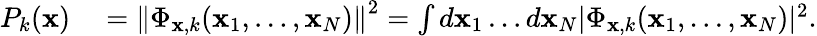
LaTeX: \begin{array}{rl}{P_{k}(\mathbf{x})}&{{}=\left\| \Phi_{\mathbf{x},k}(\mathbf{x}_{1},\ldots,\mathbf{x}_{N})\right\| ^{2}=\int d\mathbf{x}_{1}\ldots{}d\mathbf{x}_{N}|\Phi_{\mathbf{x},k}(\mathbf{x}_{1},\ldots,\mathbf{x}_{N})|^{2}.}\end{array}